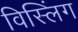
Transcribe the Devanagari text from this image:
विस्लिंग